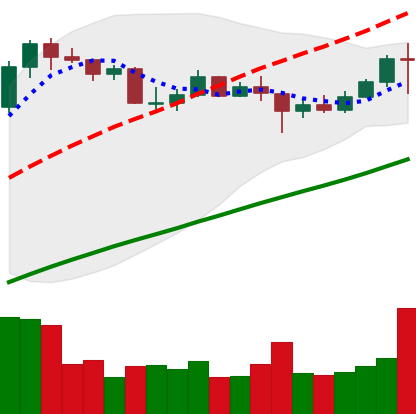
Ticker: LINK-USD
Chart end date: 2020-08-02
Forward return: 21.659%
Label: up_7plus